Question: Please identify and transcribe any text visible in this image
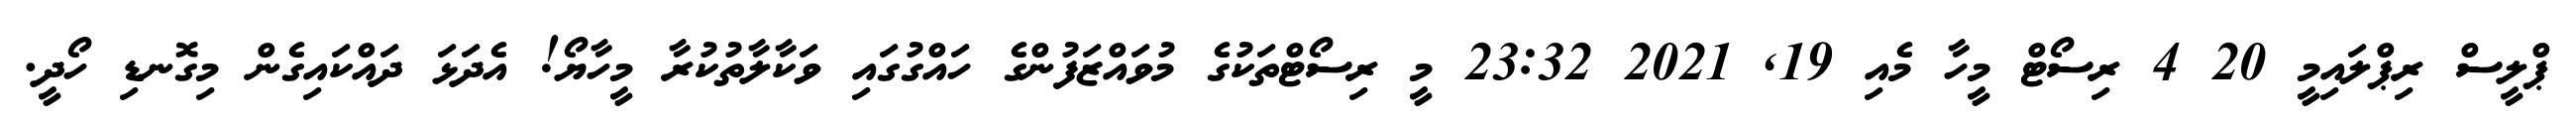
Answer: ޕްލީސް ރިޕްލައިމީ 20 4 ރިސޯޓް މީހާ މެއި 19, 2021 23:32 މީ ރިސޯޓްތަކުގެ މުވައްޒަފުންގެ ހައްގުގައި ވަކާލާތުކުރާ މީހާޔޯ! އެދަޅަ ދައްކައިގެން މިގޮނޑި ހޯދީ.